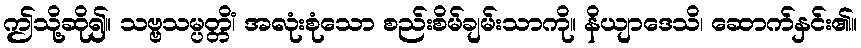
ဤသို့ဆို၍။ သဗ္ဗသမ္ပတ္တိံ၊ အလုံးစုံသော စည်းစိမ်ချမ်းသာကို။ နိယျာဒေသိ၊ ဆောက်နှင်း၏။